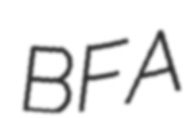
BFA